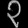
Digit: ၃